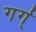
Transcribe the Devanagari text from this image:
गर्ग्